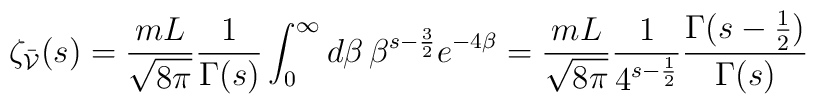
\zeta_{\bar{\cal V}}(s) = \frac{m L}{\sqrt{8 \pi}}\frac{1}{\Gamma(s)} \int_0^\infty d\beta \, \beta^{s-\frac{3}{2}}e^{-4 \beta}=\frac{m L}{\sqrt{8 \pi}} \frac{1}{4^{s-\frac{1}{2}}}\frac{\Gamma(s-\frac{1}{2})}{\Gamma(s)}